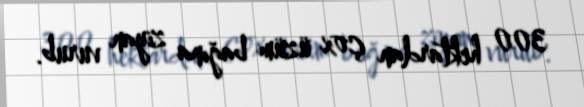
300 hektardan çox üzüm bağına ziyan vurub.